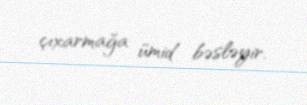
çıxarmağa ümid bəsləyir.